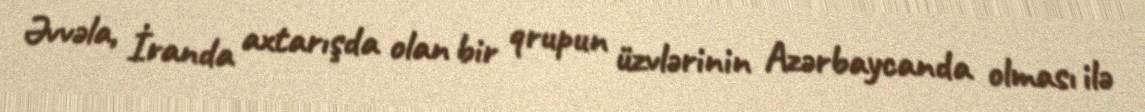
Əvvəla, İranda axtarışda olan bir qrupun üzvlərinin Azərbaycanda olması ilə